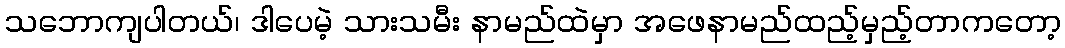
သဘောကျပါတယ်၊ ဒါပေမဲ့ သားသမီး နာမည်ထဲမှာ အဖေနာမည်ထည့်မှည့်တာကတော့